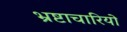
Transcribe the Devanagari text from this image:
भ्रष्टाचारियो